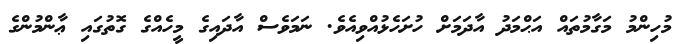
މުހިންމު މަގާމުތައް އަޙްމަދު އާދަމަށް ހުށަހެޅުއްވިއެވެ. ނަމަވެސް އާދައިގެ މީހެއްގެ ގޮތުގައި ޢާންމުންގެ